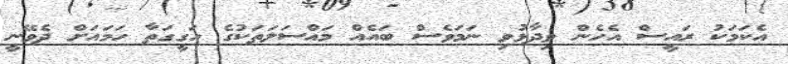
އެކަމަކު ރައީސް އެހެން ވިދާޅުވި ނަމަވެސް ބައެއް މައްސަލަތަކުގެ ހަގީގަތާ ހަމައަށް ދެވޭނީ